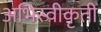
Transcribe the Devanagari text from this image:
अभिस्वीकृती